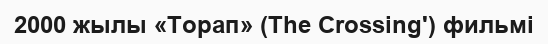
2000 жылы «Торап» (The Crossing') фильмі